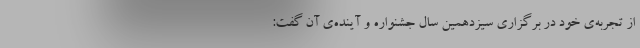
از تجربه‌ی خود در برگزاری سیزدهمین سال جشنواره و آینده‌ی آن گفت: